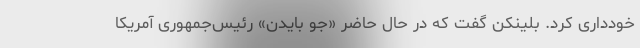
خودداری کرد. بلینکن گفت که در حال حاضر «جو بایدن» رئیس‌جمهوری آمریکا